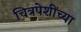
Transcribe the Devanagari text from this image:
चित्रपेशींच्या